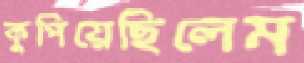
কুপিয়েছিলেম